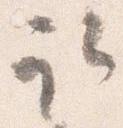
取